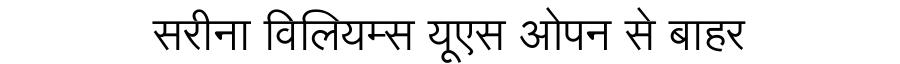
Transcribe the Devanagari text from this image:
सरीना विलियम्स यूएस ओपन से बाहर